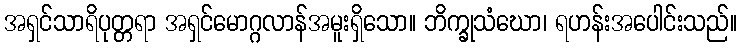
အရှင်သာရိပုတ္တရာ အရှင်မောဂ္ဂလာန်အမူးရှိသော။ ဘိက္ခုသံဃော၊ ရဟန်းအပေါင်းသည်။